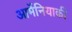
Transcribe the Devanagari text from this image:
आर्मेनियाकी